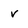
Character: v